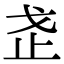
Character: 𭟰